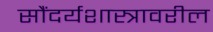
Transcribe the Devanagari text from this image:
सौंदर्यशास्त्रावरील